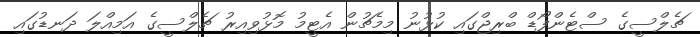
ޗެލްސީގެ ސްޓެންފޯޑް ބްރިޖްގައި ކުޅުނު މިމެޗުން އެޓީމު މޮޅުވިއިރު ޗެލްސީގެ އަމިއްލަ ދަނޑުގައި